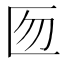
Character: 匢